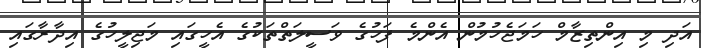
އަދި މި އިންތިޒާމް ހަމަޖެހުމުން އެންމެ ފަހުގެ ވަސީލަތްތަކުގެ އެހީގައި މަޖިލީހުގެ އިދާރާގައި